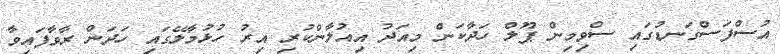
އުސްފަސްގަނޑުގައި ސްވިމިން ޕޫލް ހަދާކަން މިއަދު އިއުލާންކުރި އިރު ހުޅުމާލޭގައި ހަދަން ރާވާފައިވާ